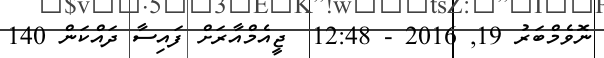
ނޮވެމްބަރު 19